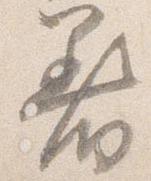
着